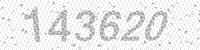
Solution: 143620